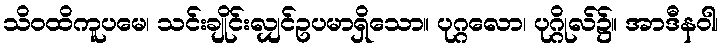
သိဝထိကူပမေ၊ သင်းချိုင်းလျှင်ဥပမာရှိသော။ ပုဂ္ဂလော၊ ပုဂ္ဂိုလ်၌။ အာဒီနဝါ၊